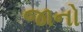
જાનો